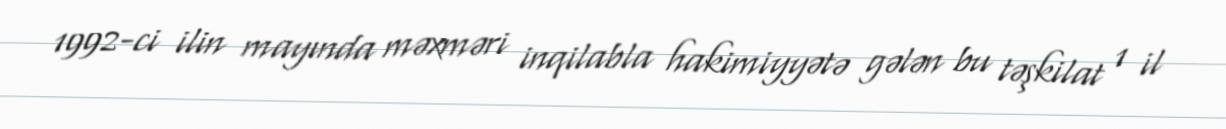
1992-ci ilin mayında məxməri inqilabla hakimiyyətə gələn bu təşkilat 1 il